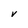
Character: V